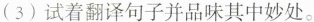
(3)试着翻译句子并品味其中妙处。